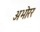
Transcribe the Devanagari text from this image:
अभोरर